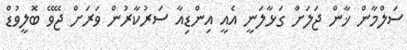
ސަލްމާން ޚާން ޖަލަށް ގަޅާލަނީ އެއީ އިންޑިއާ ސަރުކާރުން ވަރަށް ޖޭވޭ ބޮލީވުޑް